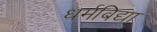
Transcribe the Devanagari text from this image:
धर्मविद्या